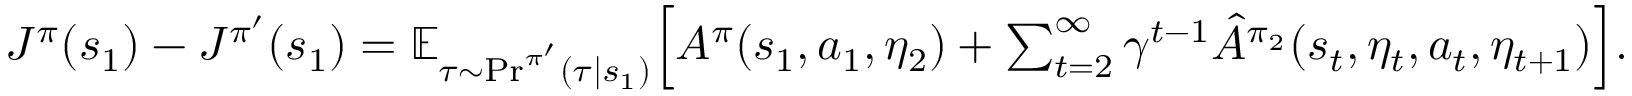
\begin{array} { r } { J ^ { \pi } ( s _ { 1 } ) - J ^ { \pi ^ { \prime } } ( s _ { 1 } ) = \mathbb { E } _ { \tau \sim \mathrm { P r } ^ { \pi ^ { \prime } } ( \tau | s _ { 1 } ) } \Big [ A ^ { \pi } ( s _ { 1 } , a _ { 1 } , \eta _ { 2 } ) + \sum _ { t = 2 } ^ { \infty } \gamma ^ { t - 1 } \hat { A } ^ { \pi _ { 2 } } ( s _ { t } , \eta _ { t } , a _ { t } , \eta _ { t + 1 } ) \Big ] . } \end{array}